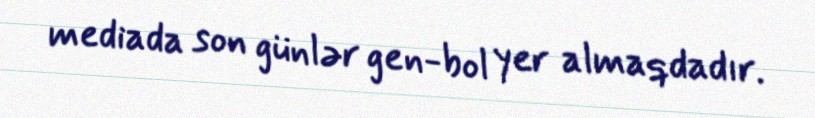
mediada son günlər gen-bol yer almaqdadır.